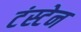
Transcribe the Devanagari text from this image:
टंस्टेन